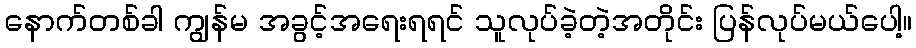
နောက်တစ်ခါ ကျွန်မ အခွင့်အရေးရရင် သူလုပ်ခဲ့တဲ့အတိုင်း ပြန်လုပ်မယ်ပေါ့။